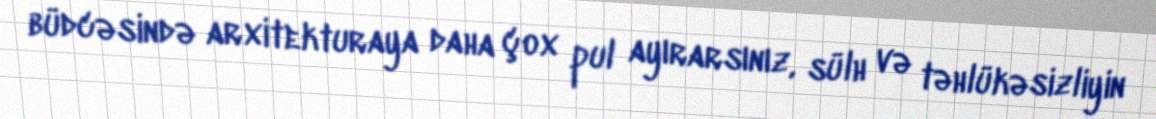
büdcəsində arxitekturaya daha çox pul ayırarsınız, sülh və təhlükəsizliyin